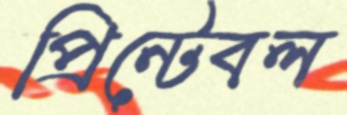
প্রিন্টেবল